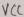
Text: VCC